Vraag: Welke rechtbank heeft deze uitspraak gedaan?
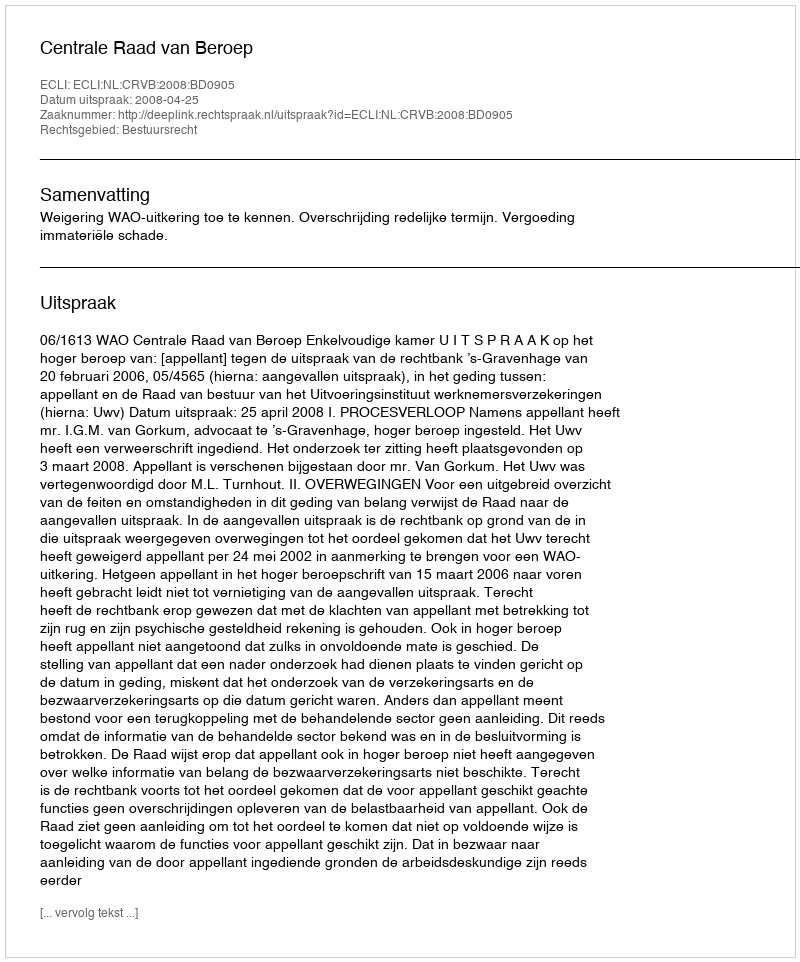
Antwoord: Centrale Raad van Beroep